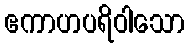
ဧကာဟပရိဝါသော